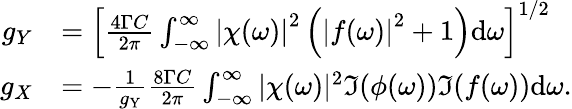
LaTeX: \begin{array}{rl}{g_{Y}}&{=\left[\frac{4\Gamma C}{2\pi}\int_{-\infty}^{\infty}\left|\chi(\omega)\right|^{2}\left(\left|f(\omega)\right|^{2}+1\right)\mathrm{d}\omega\right]^{1/2}}\\ {g_{X}}&{=-\frac{1}{g_{\mathrm{Y}}}\frac{8\Gamma C}{2\pi}\int_{-\infty}^{\infty}|\chi(\omega)|^{2}\Im{(\phi(\omega))\Im{(f(\omega))}}\mathrm{d}\omega.}\end{array}